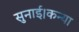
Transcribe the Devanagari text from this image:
सुनाई।कन्या